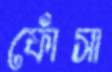
ফোঁসা